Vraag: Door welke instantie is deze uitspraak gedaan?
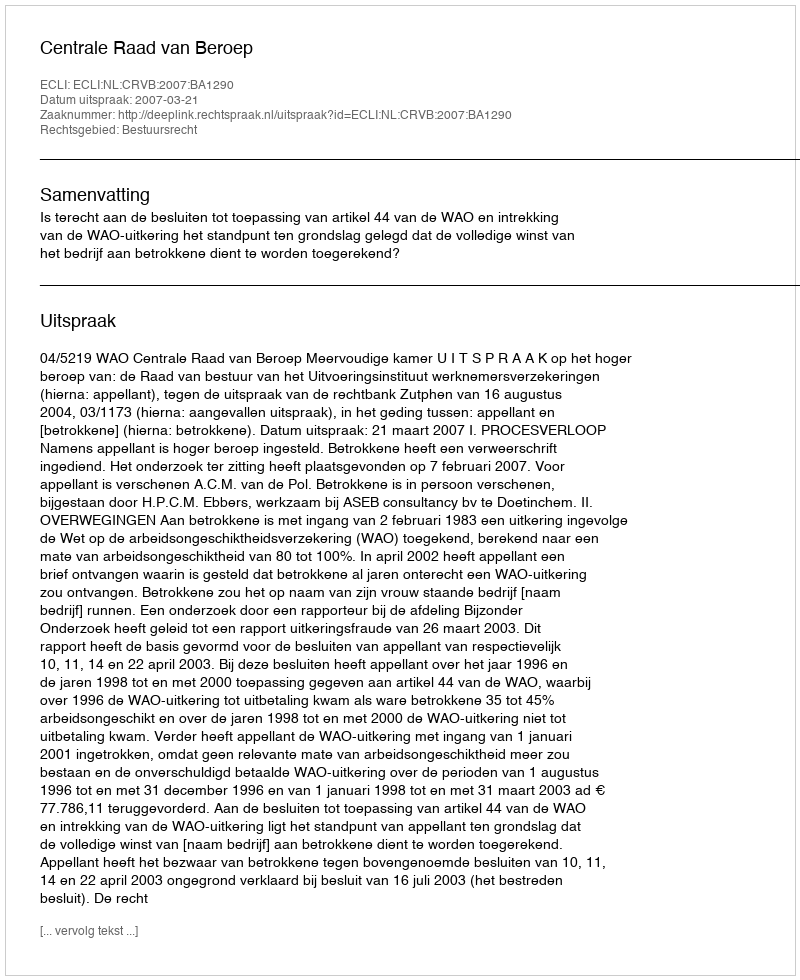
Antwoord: Centrale Raad van Beroep